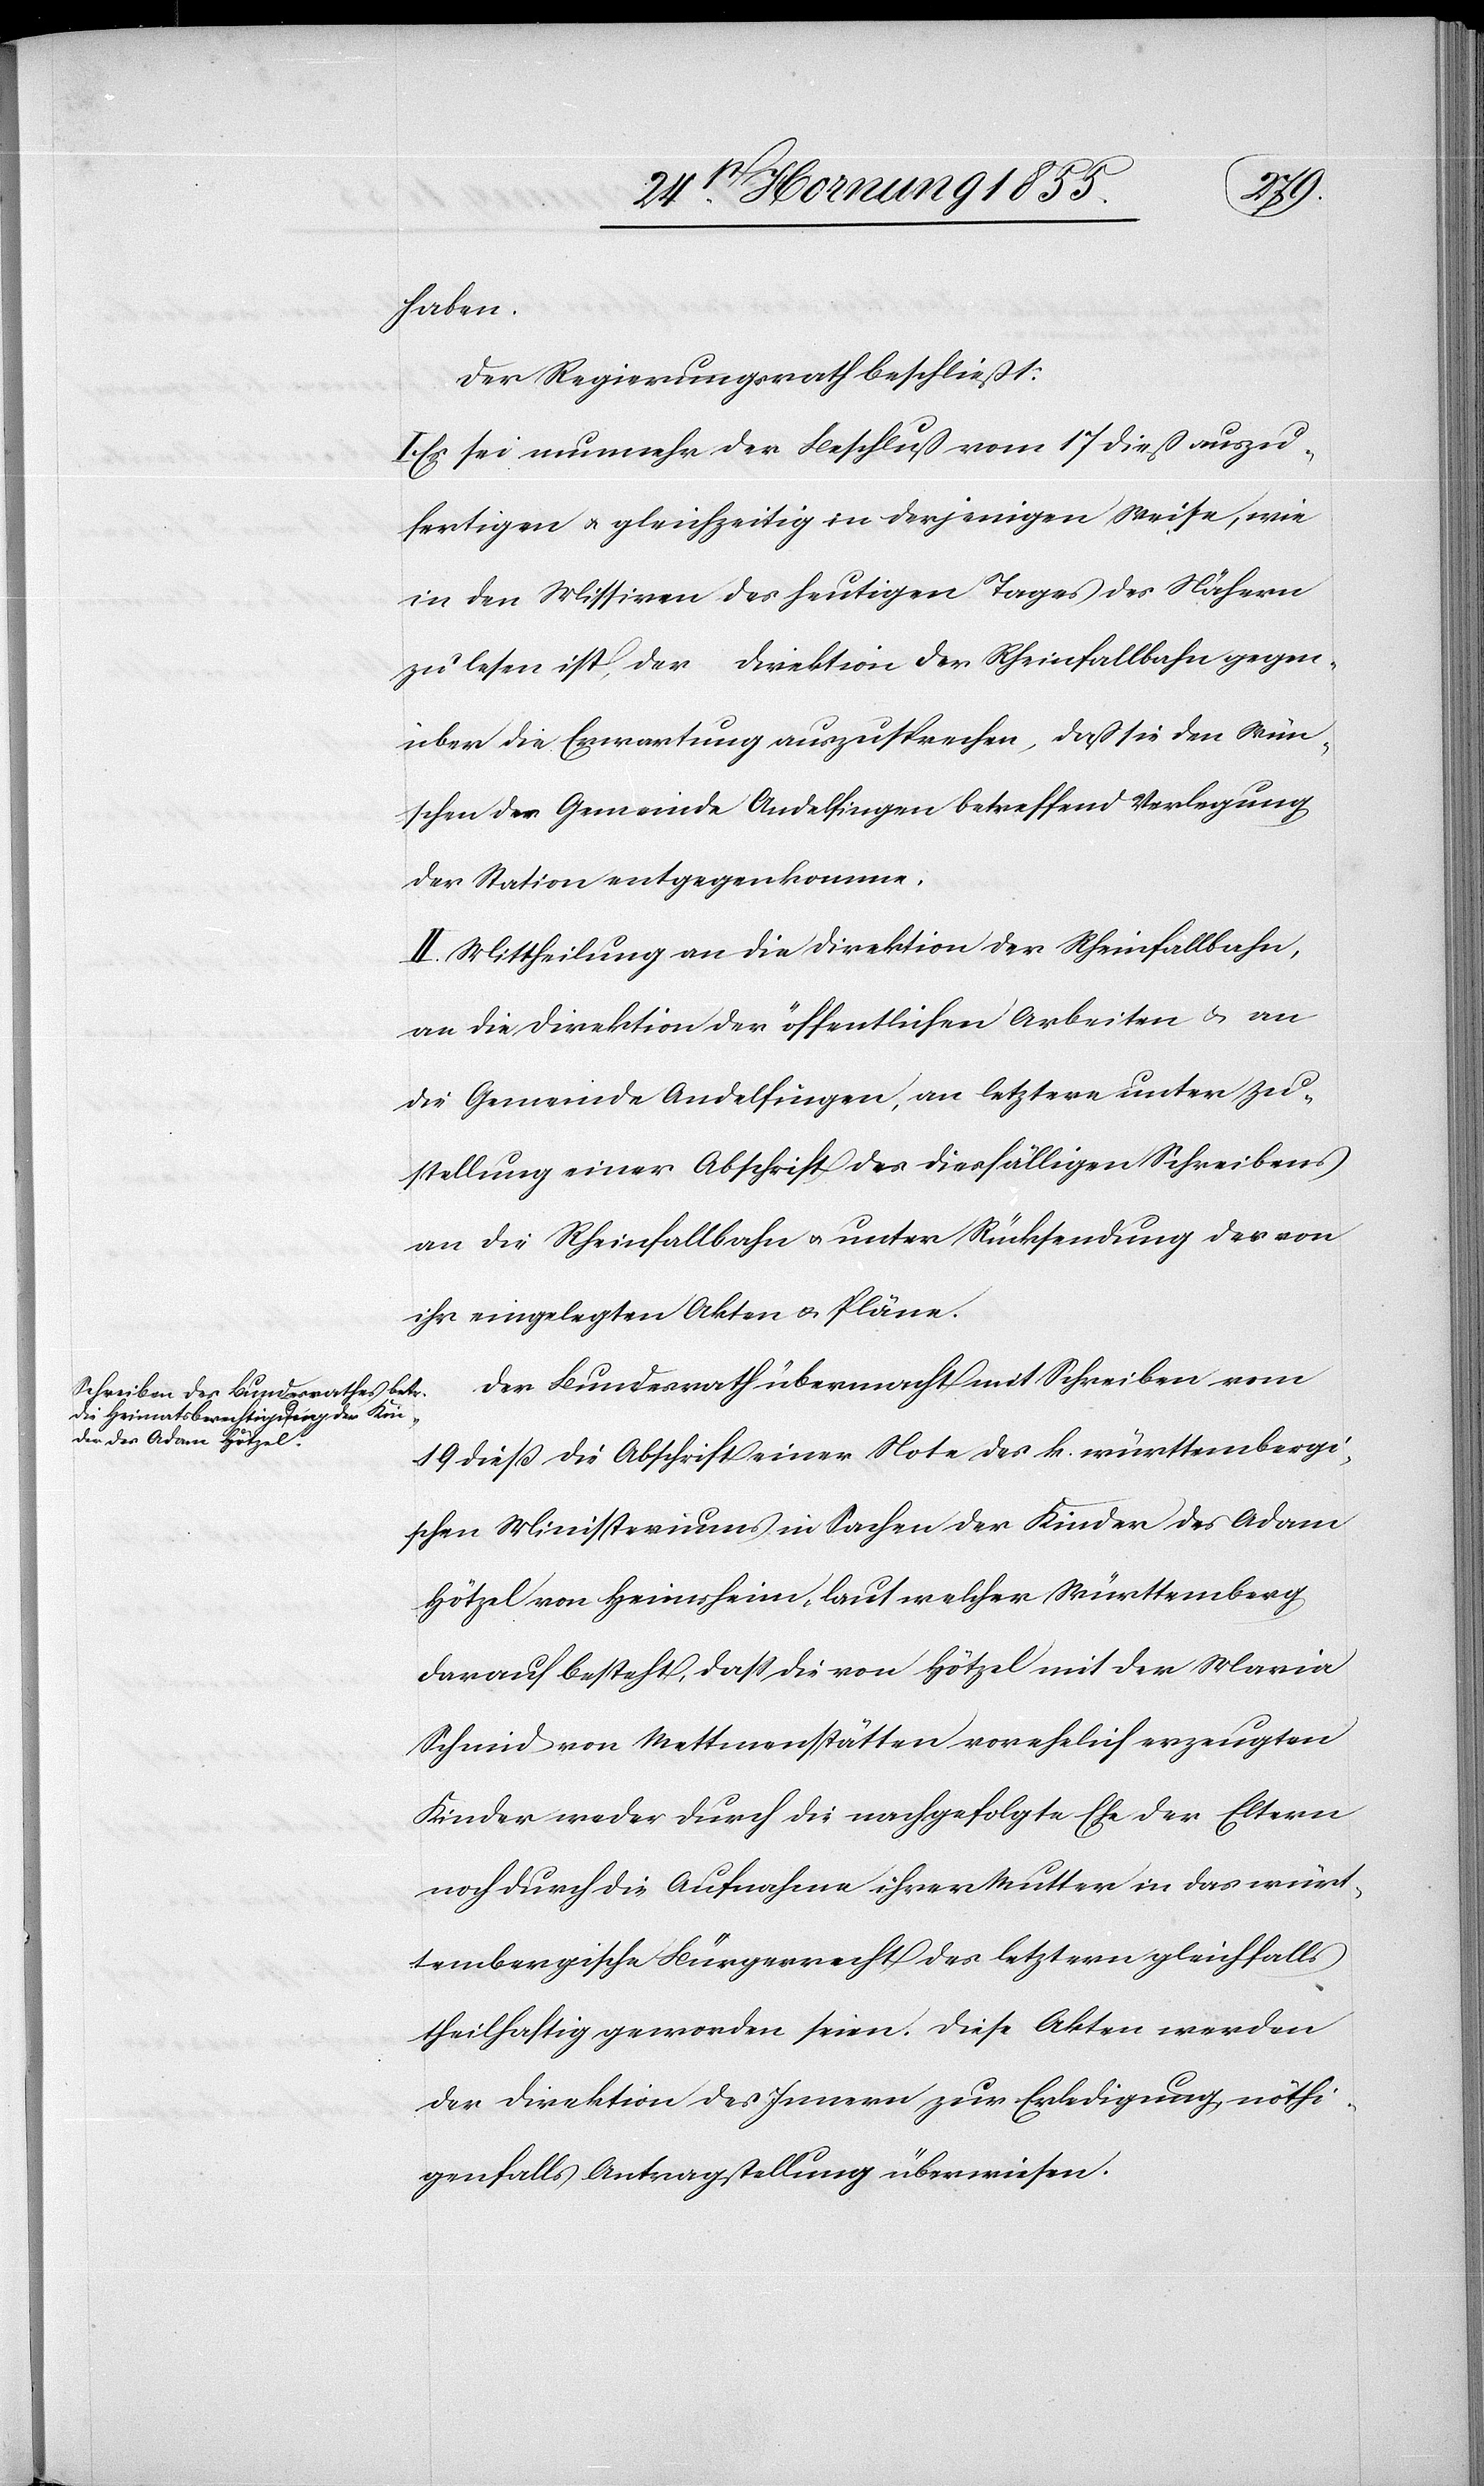
haben.
Der Regierungsrath beschließt:
Es sei nunmehr der Beschluß vom 17 dieß auszu¬
fertigen & gleichzeitig in derjenigen Weise, wie
in den Missiven des heutigen Tages des Nähern
zu lesen ist, der Direktion der Rheinfallbahn gegen¬
über die Erwartung auszusprechen, dass sie den Wün¬
schen der Gemeinde Andelfingen betreffend Verlegung
der Station entgegenkomme.
II. Mittheilung an die Direktion der Rheinfallbahn,
an die Direktion der öffentlichen Arbeiten & an
die Gemeinde Andelfingen, an letztere unter Zu¬
stellung einer Abschrift des diesfälligen Schreibens
an die Rheinfallbahn & unter Rücksendung der von
ihr eingelegten Akten & Pläne.
Der Bundesrath übermacht mit Schreiben vom
19 dieß die Abschrift einer Note des k. württembergi¬
schen Ministeriums in Sachen der Kinder des Adam
Hötzel von Heimsheim, laut welcher Württemberg
darauf besteht, dass die von Hötzel mit der Maria
Schmid von Mettmenstätten vorehelich erzeugten
Kinder weder durch die nachgefolgte Ehe der Eltern
noch durch die Aufnahme ihrer Mutter in das würt¬
tembergische Bürgerrecht des letztern gleichfalls
theilhaftig geworden seien. Diese Akten werden
der Direktion des Innern zur Erledigung, nöthi¬
genfalls Antragstellung überwiesen.